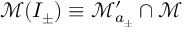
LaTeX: \mathcal { M } ( I _ { \pm } ) \equiv \mathcal { M } _ { a _ { \pm } } ^ { \prime } \cap \mathcal { M }